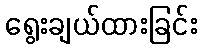
ရွေးချယ်ထားခြင်း